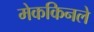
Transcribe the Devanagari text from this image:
मेककिनले